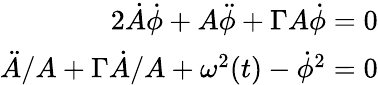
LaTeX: \begin{array}{r}{2\dot{A}\dot{\phi}+A\ddot{\phi}+\Gamma A\dot{\phi}=0}\\ {\ddot{A}/A+\Gamma\dot{A}/A+\omega^{2}(t)-\dot{\phi}^{2}=0}\end{array}